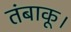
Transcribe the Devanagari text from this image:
तंबाकू।